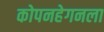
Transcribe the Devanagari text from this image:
कोपनहेगनला